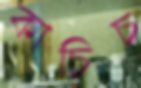
কাচিচ